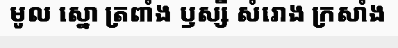
មូល ស្នោ ត្រពាំង ឫស្សី សំរោង ក្រសាំង